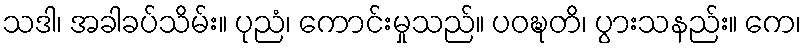
သဒါ၊ အခါခပ်သိမ်း။ ပုညံ၊ ကောင်းမှုသည်။ ပဝဍ္ဎတိ၊ ပွားသနည်း။ ကေ၊